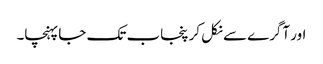
اور آگرے سے نکل کر پنجاب تک جا پہنچا۔